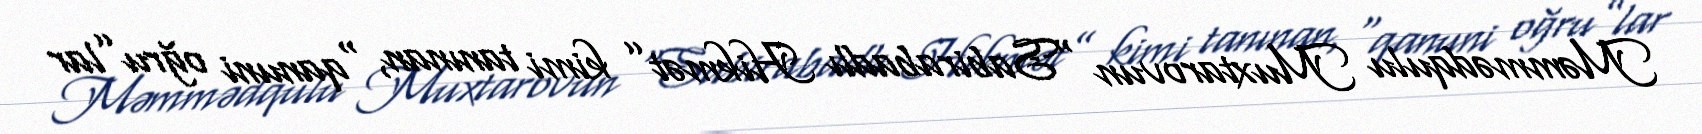
Məmmədqulu Muxtarovun “Sabirabadlı Hikmət” kimi tanınan, “qanuni oğru”lar